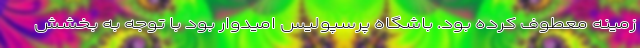
زمینه معطوف کرده بود. باشگاه پرسپولیس امیدوار بود با توجه به بخشش